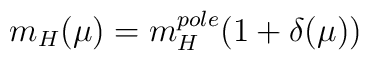
m_{H}(\mu) = m_{H}^{pole} (1 + \delta(\mu))